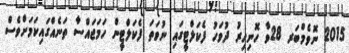
2015 ނޮވެމްބަރ 28ވާ ހޮނިހިރު ދުވަހު ފެކަލްޓީގައި ނުވަތަ ފެކަލްޓީން ހަމަޖައްސާ ތަނެއްގައިކަމަށްވެސް